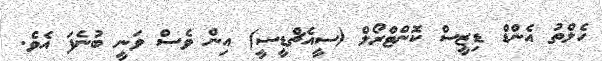
ހެލްތު އެންޑް ޑިޒީސް ކޮންޓްރޯލް (ސީއެޗްޑީސީ) އިން ވެސް ވަނީ ބުނެފަ އެވެ.